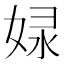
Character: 𡝘